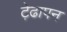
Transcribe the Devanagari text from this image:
ट़ेढापन